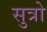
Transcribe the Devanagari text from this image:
सुत्रो